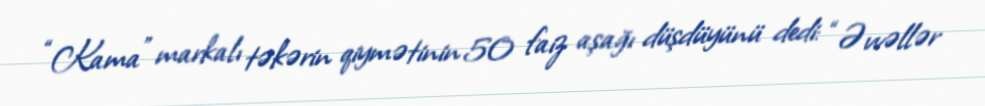
“Kama” markalı təkərin qiymətinin 50 faiz aşağı düşdüyünü dedi: “Əvvəllər